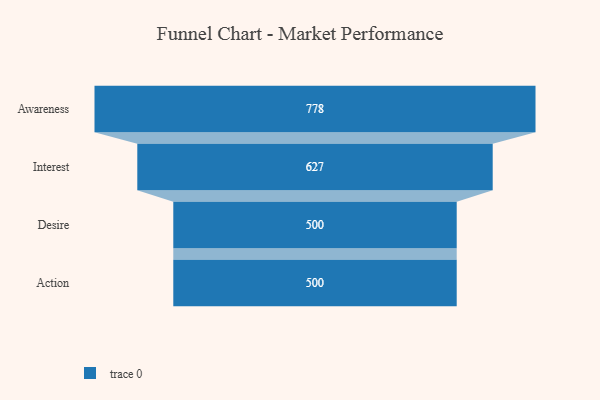
{"axis": {"x": "Stage", "y": "Value"}, "legend": [""], "data": [{"x": "Awareness", "y": 778.0, "type": ""}, {"x": "Interest", "y": 627.0, "type": ""}, {"x": "Desire", "y": 500, "type": ""}, {"x": "Action", "y": 500, "type": ""}]}